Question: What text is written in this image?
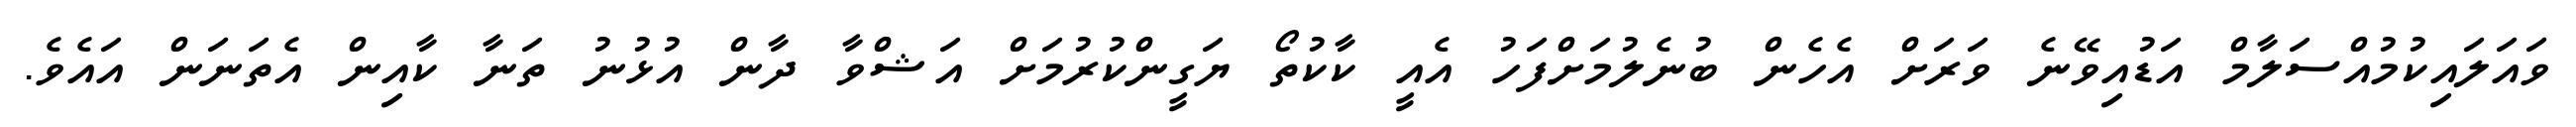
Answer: ވައަލައިކުމުއްސަލާމް އަޑުއިވޭނެ ވަރަށް އެހެން ބުނެލުމަށްފަހު އެއީ ކާކުތޯ ޔަގީންކުރުމަށް އަޝްވާ ދާން އުޅުނު ތަނާ ކާއިން އެތަނަން އައެވެ.